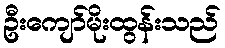
ဦးကျော်မိုးထွန်းသည်